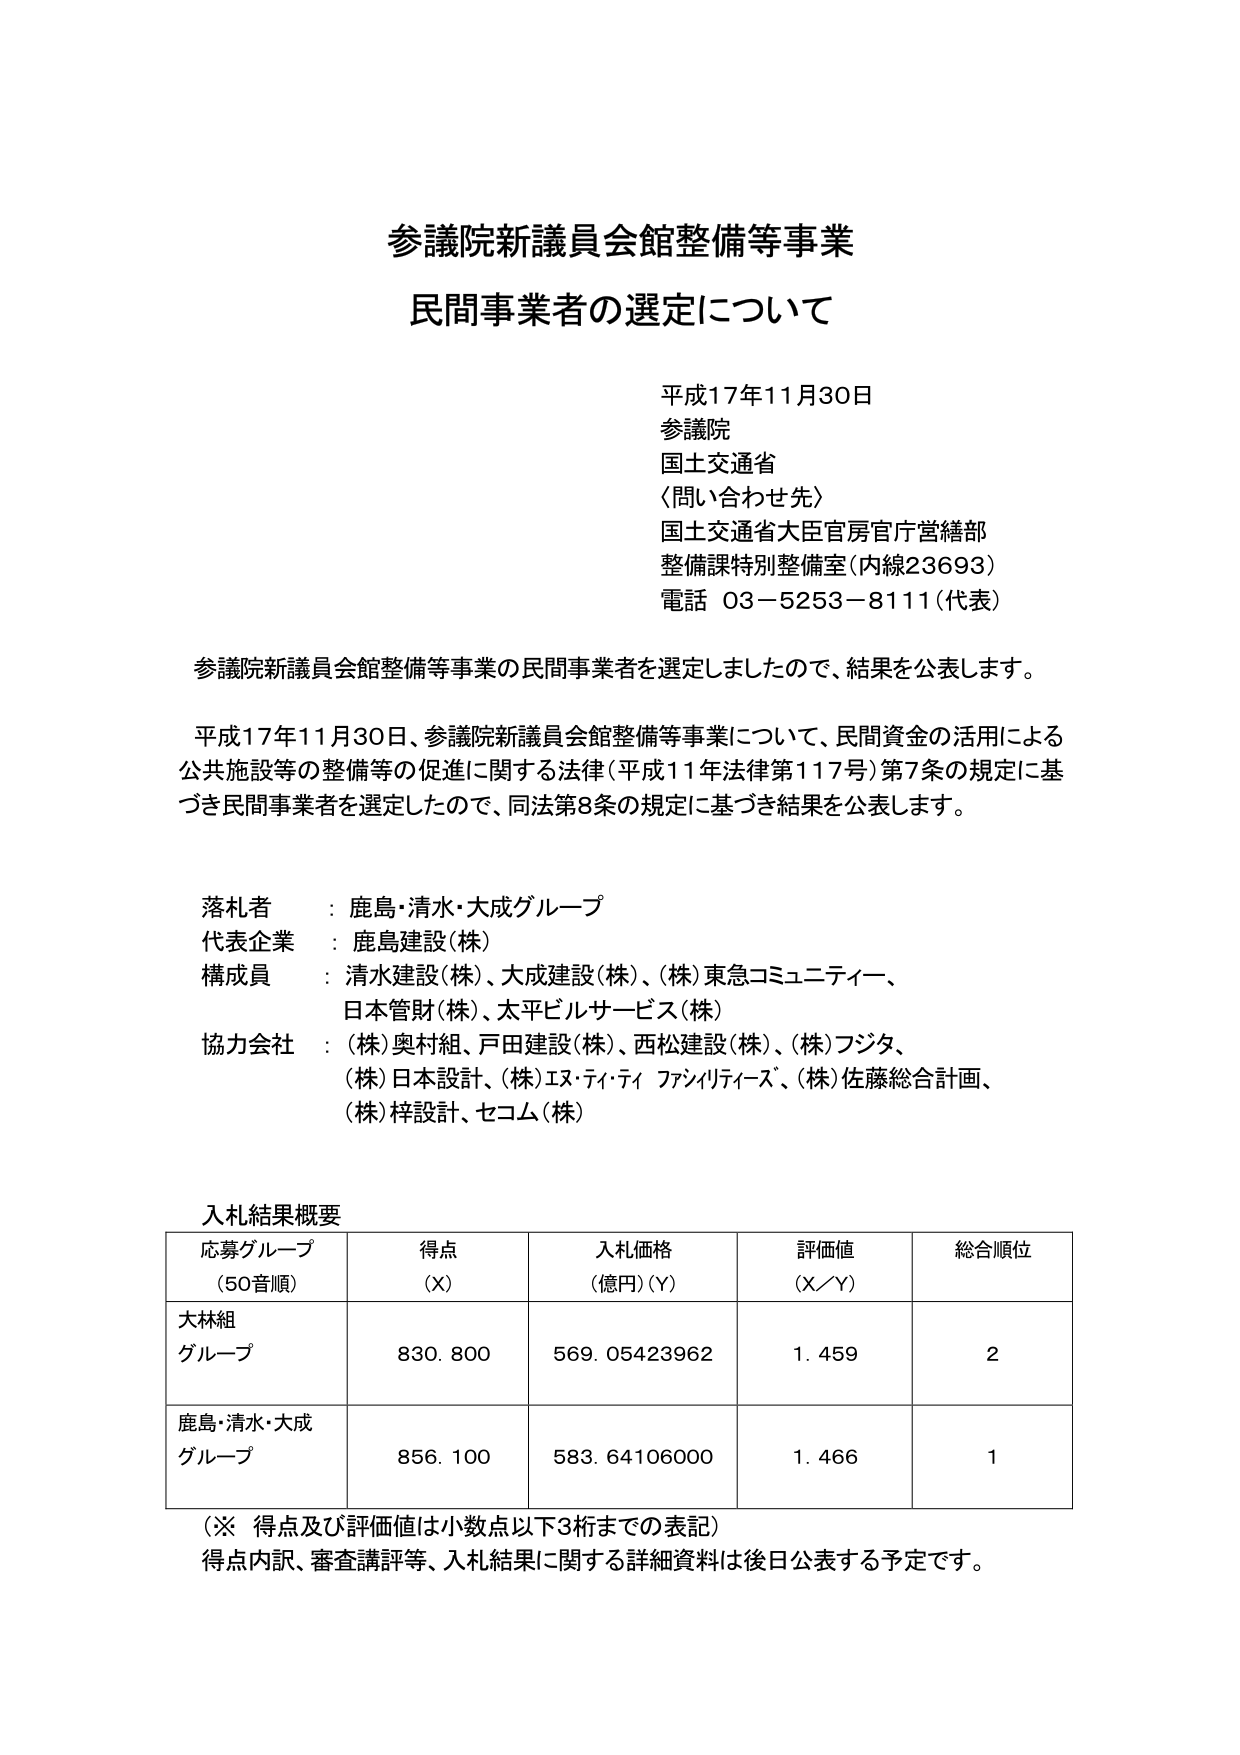
参議院新議員会館整備等事業
民間事業者の選定について

平成17年11月30日
参議院
国土交通省
〈問い合わせ先〉
国土交通省大臣官房官庁営繕部
整備課特別整備室（内線23693）
電話 03－5253－8111（代表）

参議院新議員会館整備等事業の民間事業者を選定しましたので、結果を公表します。

平成17年11月30日、参議院新議員会館整備等事業について、民間資金の活用による公共施設等の整備等の促進に関する法律（平成11年法律第117号）第7条の規定に基づき民間事業者を選定したので、同法第8条の規定に基づき結果を公表します。

落札者 ： 鹿島・清水・大成グループ
代表企業 ： 鹿島建設（株）
構成員 ： 清水建設（株）、大成建設（株）、（株）東急コミュニティー、
　　　　日本管財（株）、太平ビルサービス（株）
協力会社 ： （株）奥村組、戸田建設（株）、西松建設（株）、（株）フジタ、
　　　　　（株）日本設計、（株）エヌ・ティ・ティ ファシリティーズ、（株）佐藤総合計画、
　　　　　（株）梓設計、セコム（株）

入札結果概要
応募グループ（50音順）　得点（X）　入札価格（億円）（Y）　評価値（X／Y）　総合順位
大林組グループ　　　　　830.800　　569.05423962　　　1.459　　　　　　2
鹿島・清水・大成グループ　856.100　　583.64106000　　　1.466　　　　　　1

（※ 得点及び評価値は小数点以下3桁までの表記）
得点内訳、審査講評等、入札結果に関する詳細資料は後日公表する予定です。